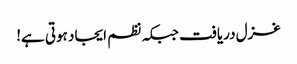
غزل دریافت جبکہ نظم ایجاد ہوتی ہے!